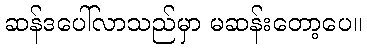
ဆန်ဒပေါ်လာသည်မှာ မဆန်းတော့ပေ။